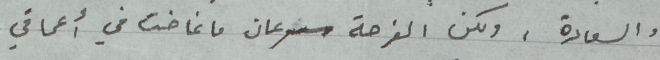
والسعادة، ولكن الفرحة سرعان ما غاضت في أعماقي